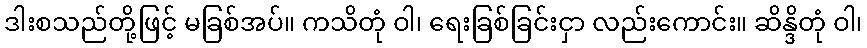
ဒါးစသည်တို့ဖြင့် မခြစ်အပ်။ ကသိတုံ ဝါ၊ ရေးခြစ်ခြင်းငှာ လည်းကောင်း။ ဆိန္ဒိတုံ ဝါ၊